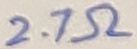
Text: 2.7Ω